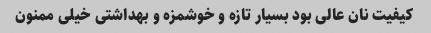
کیفیت نان عالی بود بسیار تازه و خوشمزه و بهداشتی خیلی ممنون